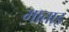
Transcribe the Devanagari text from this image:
माताइ